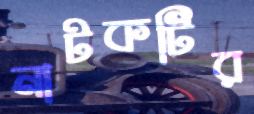
নাটকটির